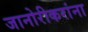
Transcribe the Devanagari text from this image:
जानोरीकरांना